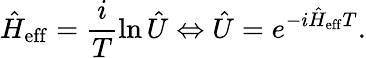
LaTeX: \hat{H}_{\mathrm{eff}}=\frac{i}{T}\ln\hat{U}\Leftrightarrow\hat{U}=e^{-i\hat{H}_{\mathrm{eff}}T}.